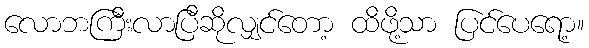
လောဘကြီးလာပြီဆိုလျှင်တော့ ထိဖို့သာ ပြင်ပေရော့။